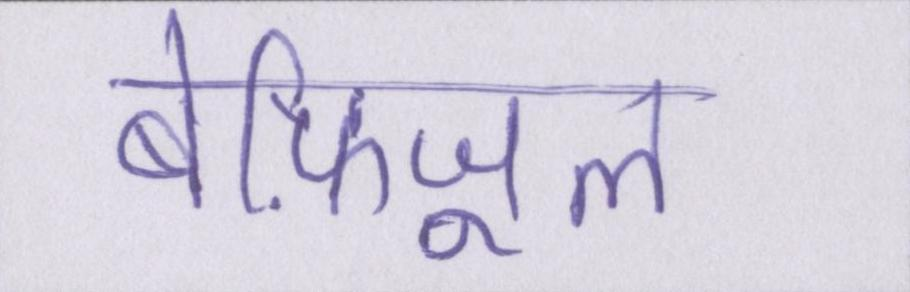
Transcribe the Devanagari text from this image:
बेफ़िजूल